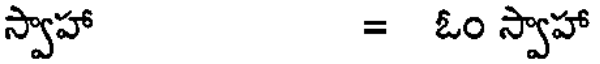
స్వాహా = ఓం స్వాహా